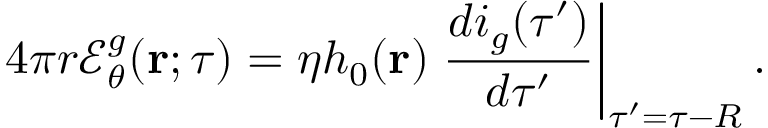
4 \pi r { \mathcal E } _ { \theta } ^ { g } ( { \bf r } ; \tau ) = \eta h _ { 0 } ( { \bf r } ) \left. \frac { d i _ { g } ( \tau ^ { \prime } ) } { d \tau ^ { \prime } } \right\vert _ { \tau ^ { \prime } = \tau - R } .